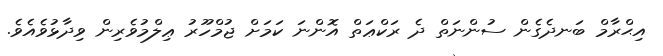
އިޙްރާމް ބަނދެގެން ސުންނަތް ދެ ރަކްޢަތް އޮންނަ ކަމަށް ޖުމްހޫރު ޢިލްމުވެރިން ވިދާޅުވެއެވެ.